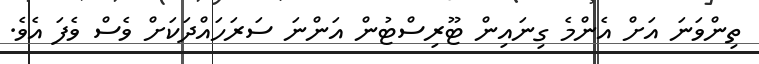
ތިންވަނަ އަށް އެންމެ ގިނައިން ޓޫރިސްޓުން އަންނަ ސަރަހަައްދަކަށް ވެސް ވެފަ އެވެ.